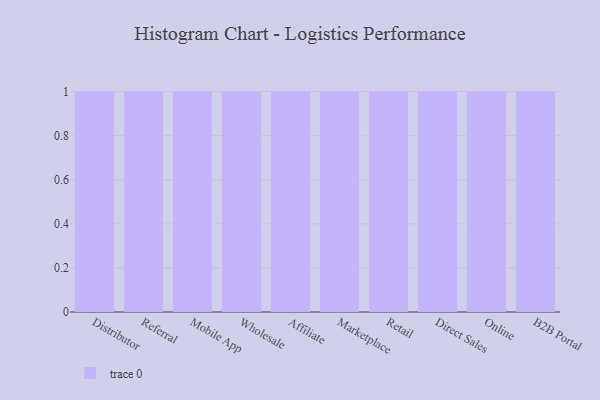
{"axis": {"x": "Channel", "y": "Satisfaction Score"}, "legend": [""], "data": [{"x": "Distributor", "y": 10, "type": ""}, {"x": "Referral", "y": 54, "type": ""}, {"x": "Mobile App", "y": 10, "type": ""}, {"x": "Wholesale", "y": 93, "type": ""}, {"x": "Affiliate", "y": 13, "type": ""}, {"x": "Marketplace", "y": 35, "type": ""}, {"x": "Retail", "y": 55, "type": ""}, {"x": "Direct Sales", "y": 98, "type": ""}, {"x": "Online", "y": 48, "type": ""}, {"x": "B2B Portal", "y": 64, "type": ""}]}